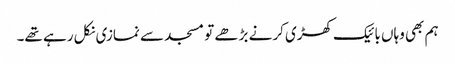
ہم بھی وہاں بائیک کھڑی کرنے بڑھے تو مسجد سے نمازی نکل رہے تھے۔